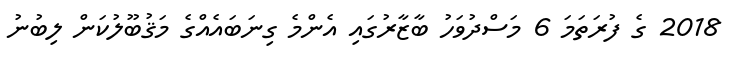
2018 ގެ ފުރަތަމަ 6 މަސްދުވަހު ބާޒާރުގައި އެންމެ ގިނަބައެއްގެ މަޤުބޫލުކަން ލިބުނު